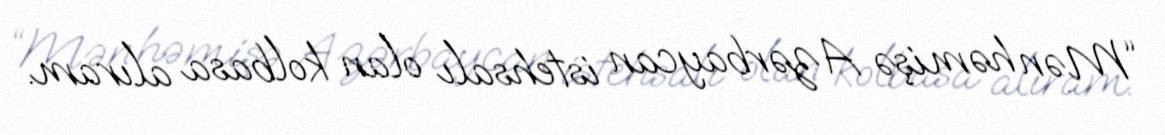
“Mən həmişə Azərbaycan istehsalı olan kolbasa alıram.